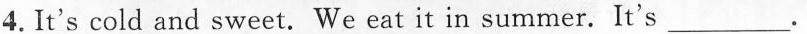
4.It's cold and sweet. We eat it in summer.It's ___.